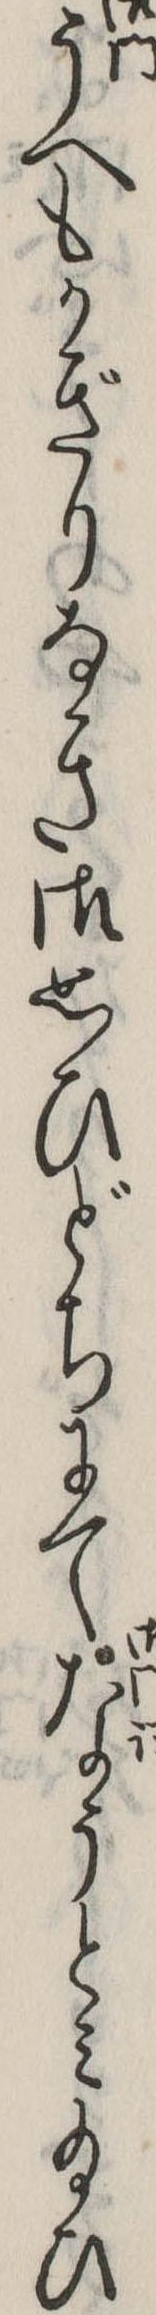
うへもかぎりなき御思ひどちにてなうとみ給ひ